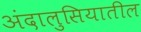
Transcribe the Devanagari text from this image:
अंदालुसियातील